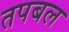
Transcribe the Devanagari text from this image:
तपबल